Annual report of the Imperial Bacteriological Laboratory, Muktesar
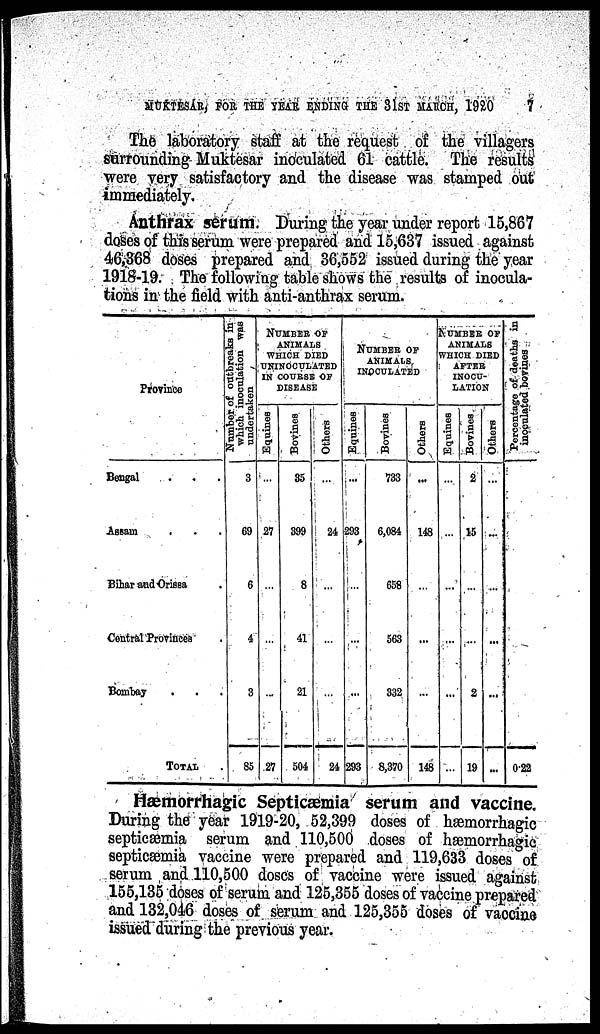
MUKTESAR, FOR THE YEAR ENDING THE 31ST MARCH, 1920
7
The laboratory staff at the request of the villagers
surrounding Muktesar inoculated 61 cattle. The results
were very satisfactory and the disease was stamped out
immediately.
Anthrax serum. During the year under report 15,867
doses of this serum were prepared and 15,637 issued against
46,368 doses prepared and 36,552 issued during the year
1918-19. The following table shows the results of inocula-
tions in the field with anti-anthrax serum.
Province
Bengal . . .
Assam . . .
Bihar and Orissa .
Central Provinces .
Bombay
. . .
TOTAL
Number of outbreaks in
which inoculation was
undertaken
3
69
6
4
3
85
NUMBER OF
ANIMALS
WHICH DIED
UNINOCULATED
IN COURSE OF
DISEASE
Equines
...
27
...
...
...
27
Bovines
35
399
8
41
21
504
Others
...
24
...
...
...
24
NUMBER OF
ANIMALS
INOCULATED
Equines
...
293
...
...
...
293
Bovines
733
6,084
658
563
332
8,370
Others
...
148
...
...
...
148
NUMBER OF
ANIMALS
WHICH DIED
AFTER
INOCU-
LATION
Equines
...
...
...
...
...
...
Bovines
2
15
...
...
2
19
Others
...
...
...
...
...
...
Percentage of deaths in
inoculated bovines
0.22
Hæmorrhagic Septicæmia serum and vaccine.
During the year 1919-20, 52,399 doses of hæmorrhagic
septicæmia serum and 110,500 doses of hæmorrhagic
septicæmia vaccine were prepared and 119,633 doses of
serum and 110,500 doses of vaccine were issued against
155,135 doses of serum and 125,355 doses of vaccine prepared
and 132,046 doses of serum and 125,355 doses of vaccine
issued during the previous year.